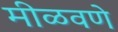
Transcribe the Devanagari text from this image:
मीळवणे